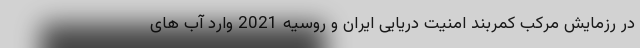
در رزمایش مرکب کمربند امنیت دریایی ایران و روسیه 2021 وارد آب های